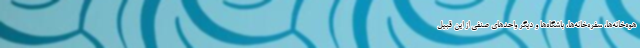
هوه‌خانه‌ها، سفره‌خانه‌ها، باشگاه‌ها و دیگر واحدهای صنفی از این قبیل